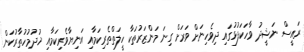
ރައީސް ނަޝީދު ވާހަކަފުޅުގައި ދިވެހިނަށް ވަރަށް ގިނަ މަންޒަރުތަކާ ހީލަތްތެރިކަމާއި އަނިޔާވެރިކަމާއި ޚުދުމުހުތާރުކަން